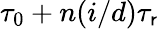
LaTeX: \tau_{0}+n(i/d)\tau_{\mathsf{r}}